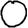
Digit: 0